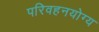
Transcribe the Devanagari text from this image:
परिवहनयोग्य